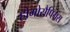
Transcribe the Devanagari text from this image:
होमोसैपियंस